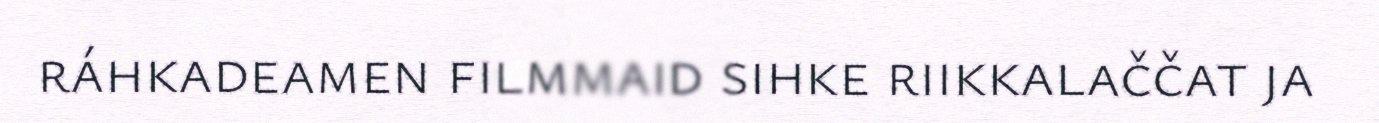
ráhkadeamen filmmaid sihke riikkalaččat ja